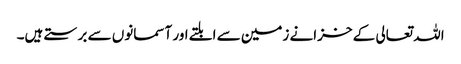
اللہ تعالی کے خزانے زمین سے ابلتے اور آسمانوں سے برستے ہیں۔